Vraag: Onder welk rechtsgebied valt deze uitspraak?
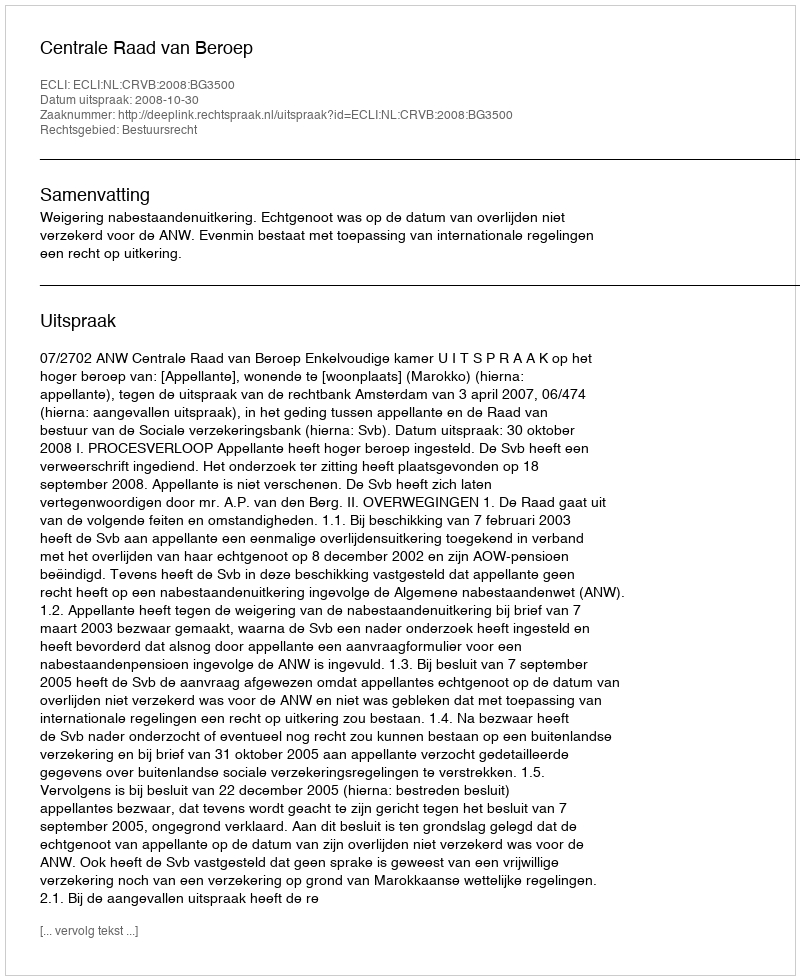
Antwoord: Bestuursrecht